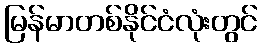
မြန်မာတစ်နိုင်ငံလုံးတွင်